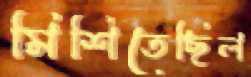
মিশিতেছিল